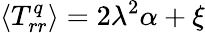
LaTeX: \langle{T_{rr}^{q}}\rangle=2\lambda^{2}\alpha+\xi